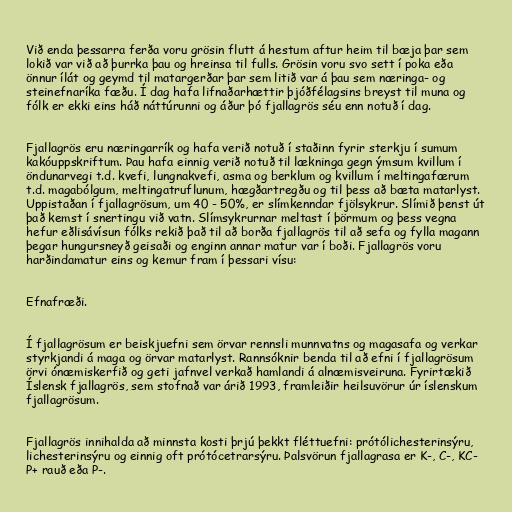
Við enda þessarra ferða voru grösin flutt á hestum aftur heim til bæja þar sem
lokið var við að þurrka þau og hreinsa til fulls. Grösin voru svo sett í poka eða
önnur ílát og geymd til matargerðar þar sem litið var á þau sem næringa- og
steinefnaríka fæðu. Í dag hafa lifnaðarhættir þjóðfélagsins breyst til muna og
fólk er ekki eins háð náttúrunni og áður þó fjallagrös séu enn notuð í dag.

Fjallagrös eru næringarrík og hafa verið notuð í staðinn fyrir sterkju í sumum
kakóuppskriftum. Þau hafa einnig verið notuð til lækninga gegn ýmsum kvillum í
öndunarvegi t.d. kvefi, lungnakvefi, asma og berklum og kvillum í meltingafærum
t.d. magabólgum, meltingatruflunum, hægðartregðu og til þess að bæta matarlyst.
Uppistaðan í fjallagrösum, um 40 - 50%, er slímkenndar fjölsykrur. Slímið þenst út
það kemst í snertingu við vatn. Slímsykrurnar meltast í þörmum og þess vegna
hefur eðlisávísun fólks rekið það til að borða fjallagrös til að sefa og fylla magann
þegar hungursneyð geisaði og enginn annar matur var í boði. Fjallagrös voru
harðindamatur eins og kemur fram í þessari vísu:

Efnafræði.

Í fjallagrösum er beiskjuefni sem örvar rennsli munnvatns og magasafa og verkar
styrkjandi á maga og örvar matarlyst. Rannsóknir benda til að efni í fjallagrösum
örvi ónæmiskerfið og geti jafnvel verkað hamlandi á alnæmisveiruna. Fyrirtækið
Íslensk fjallagrös, sem stofnað var árið 1993, framleiðir heilsuvörur úr íslenskum
fjallagrösum.

Fjallagrös innihalda að minnsta kosti þrjú þekkt fléttuefni: prótólichesterinsýru,
lichesterinsýru og einnig oft prótócetrarsýru. Þalsvörun fjallagrasa er K-, C-, KC-
P+ rauð eða P-.